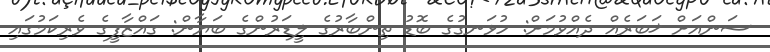
ސަންއަށް ޚަބަރެއް ދެއްވުމަށް: ހުޅަނގުގެ ބޮޑު ތިންބާރުގެ ލީޑަރުންގެ ބަޔާން: ގައްޒާފީގެ ވެރިކަމުގައި